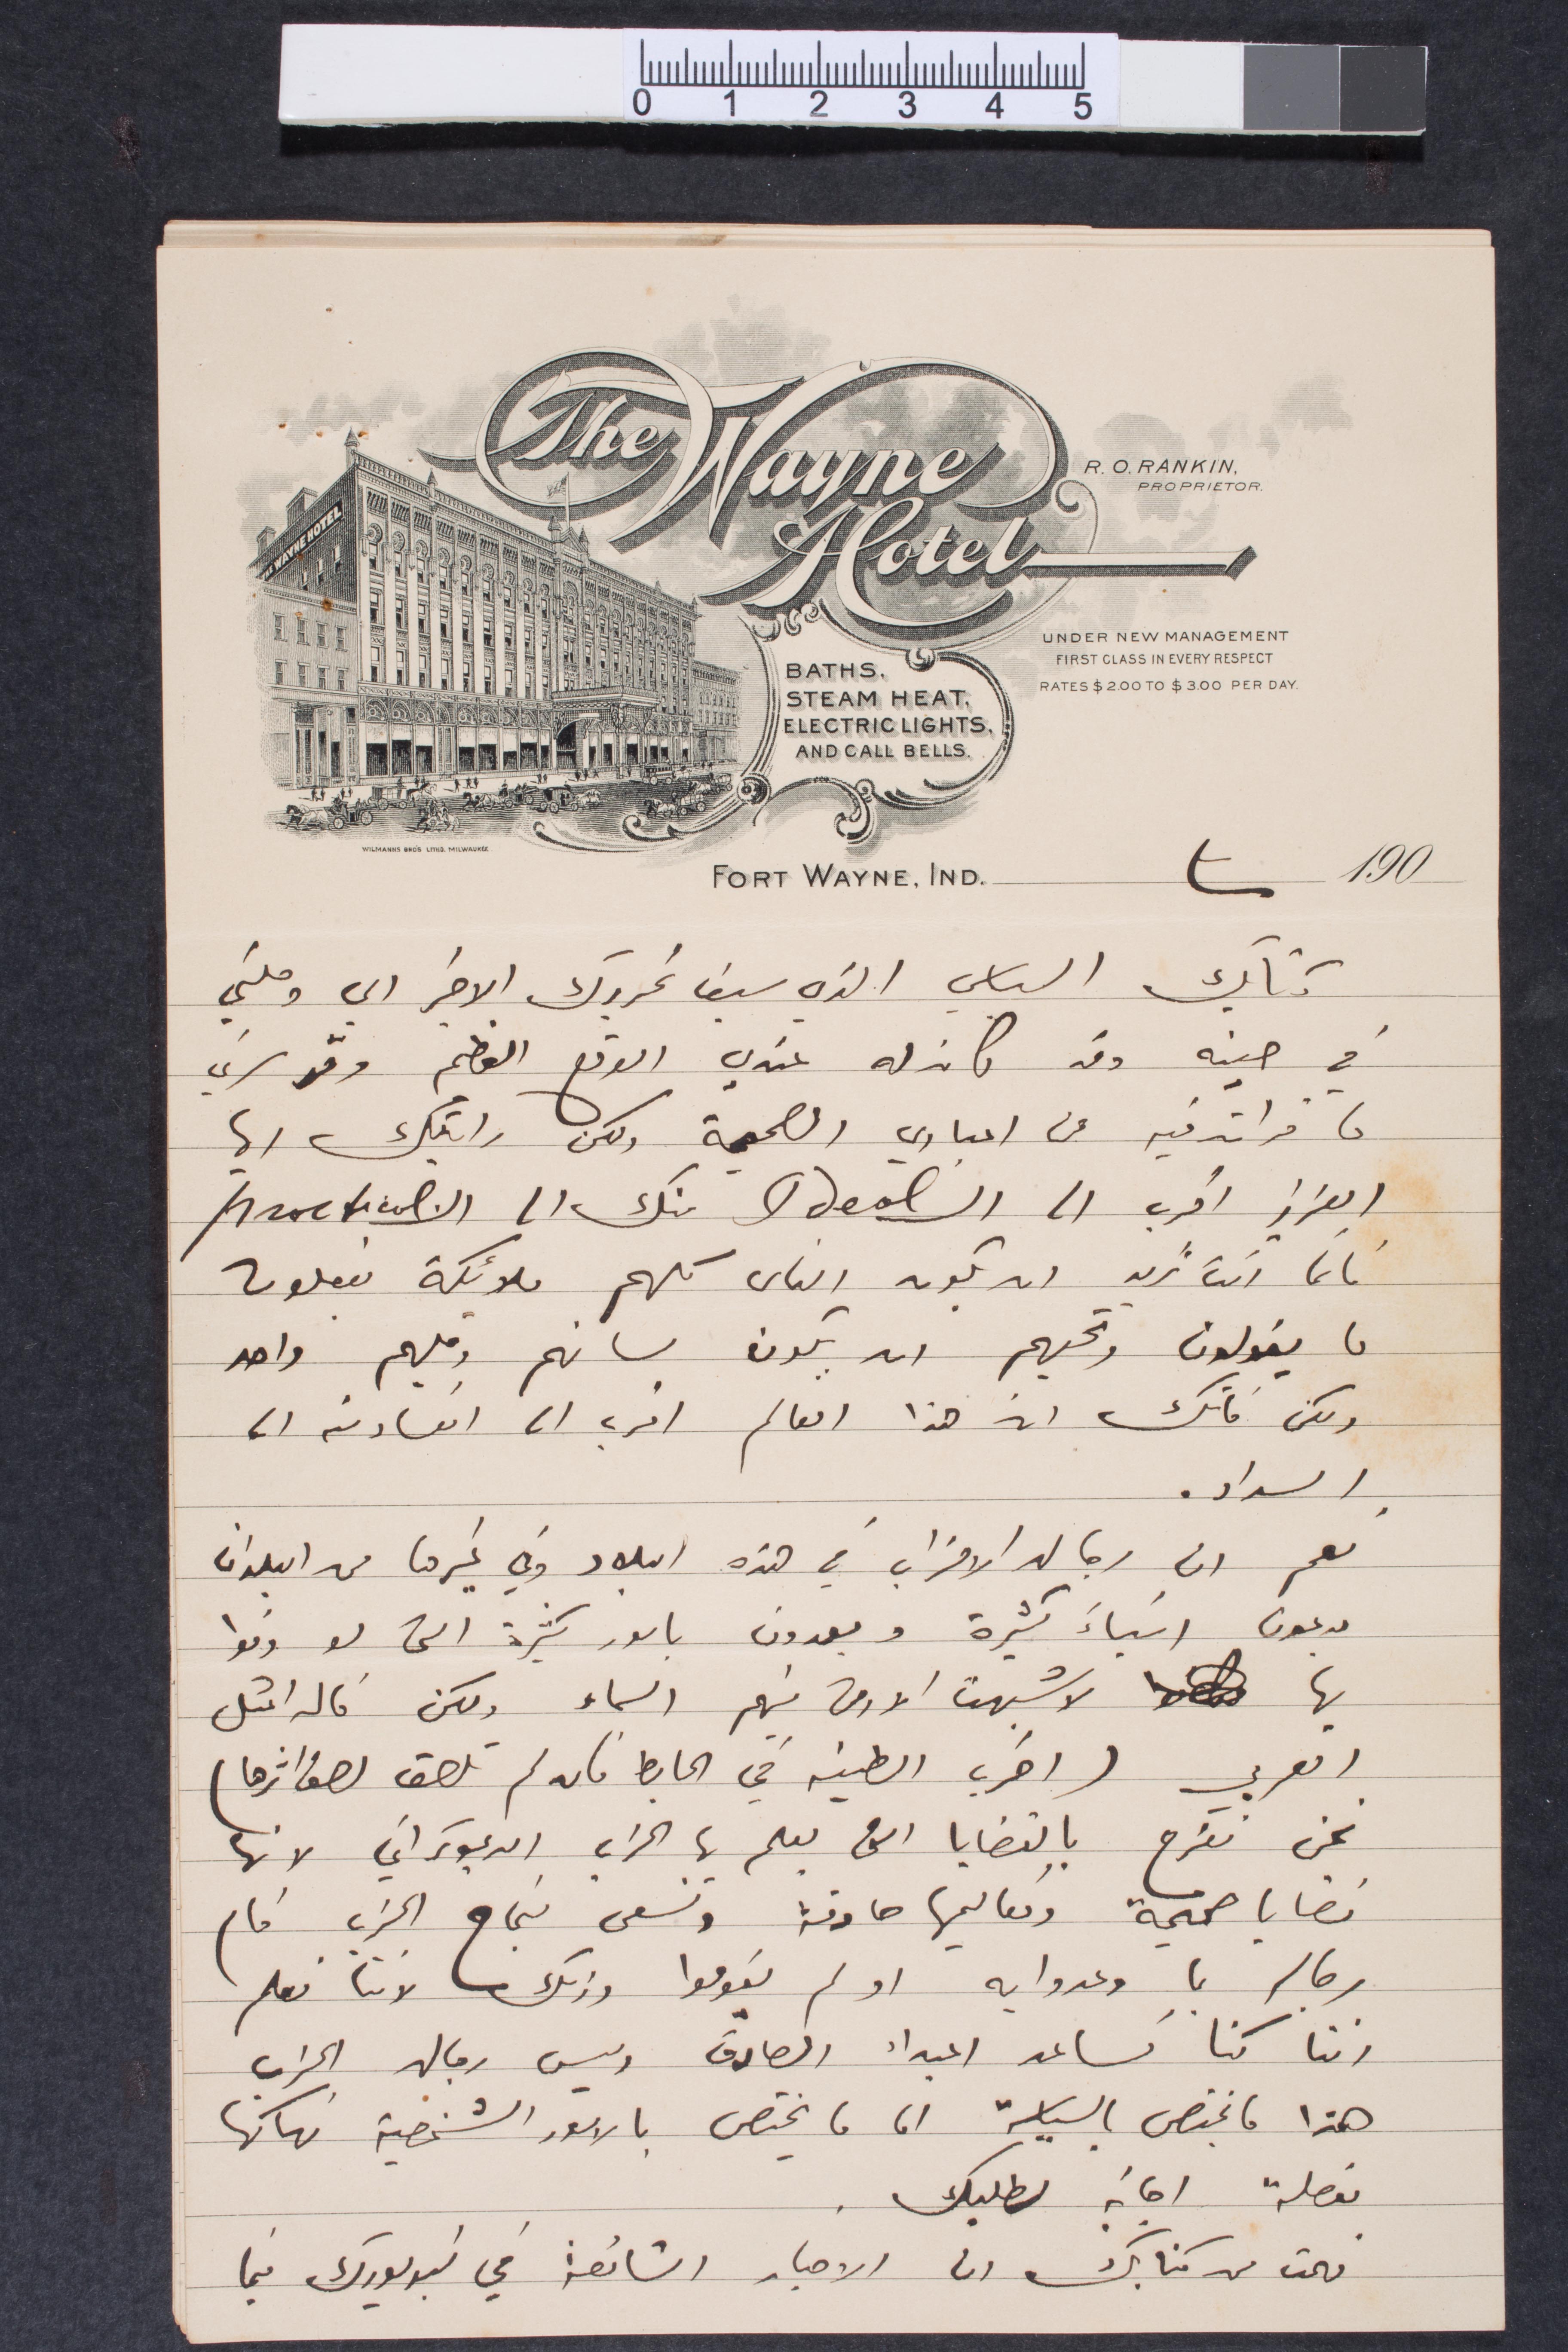
كتابك السياسي الذي سبق تحريرك الأخير الي وصلني
في حينه وقد كان له عندي الوقع العظيم وقد سرني
ما قراته فيه عن اعتباري الصحبة ولكن رايتك أيها
العزيز اقرب الــ Ideal منك الى الــPractical
فانما انت تريد ان يكون الناس كلهم ملائكة يفعلون
ما يقولون وجلهم ان يكون لسانهم وقلمهم واحد
ولكن فاتك ان هذا العالم اقرب الى الفساد من
السداد.
نعم ان رجال الأحزاب في هذه البلاد وفي غيرها من البلدان
يدعون أشياء كثيرة ويعدون بامور كثيرة التي لو وفوا
بها لاشبهت الأرض بينهم السماء ولكن قال المثل
العربي (اضرب الطينة في الحائط فان لم تلصق لصق اثرها)
نحن نفرح بالقضايا التي يعلم بها الحزب الديمقراطي لأنها
قضايا صحيحة وتعاليمها حادثة وتسعى لنجاح الحزب فان
رجاله بما وعدوا به او لم يقوموا وذلك لأننا نعلم
اننا كنا نساعد االمبدأ الصادق وليس رجال الحزب
هذا ما يختص بالسياسة اما ما يختص بالامور الشخصية فانها
مفصلة إجابة لطلبك.
فهمت من كتابتك ان الاخبار الشائعة في نيويورك فيما
190
FORT WAYNE.IND.